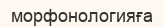
морфонологияға